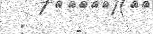
: